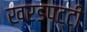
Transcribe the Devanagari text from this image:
खरडपट्टी